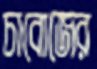
চাবোজের